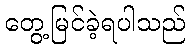
တွေ့မြင်ခဲ့ရပါသည်